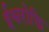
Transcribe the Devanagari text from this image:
ईश्वरोक्ति